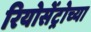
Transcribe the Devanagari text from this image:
रियोसेंट्रोच्या